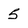
Character: 5